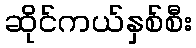
ဆိုင်ကယ်နှစ်စီး